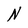
Character: N